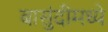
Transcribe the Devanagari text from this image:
बासुंदीमध्ये